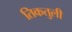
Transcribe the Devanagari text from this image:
तिकतुली